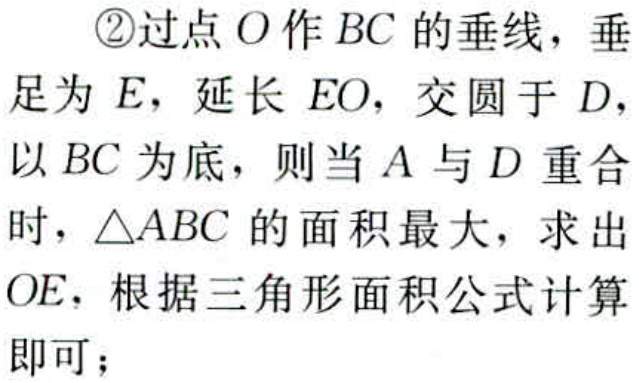
\textcircled{2}过点\(O\)作\(BC\)的垂线，垂足为\(E\)，延长\(EO\)，交圆于\(D\)，以\(BC\)为底，则当\(A\)与\(D\)重合时，\(\triangle ABC\)的面积最大，求出\(OE\)，根据三角形面积公式计算即可；